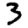
Digit: 3